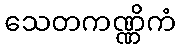
သေတကဏ္ဏိကံ